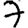
Digit: 7